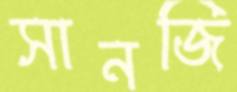
সানজি